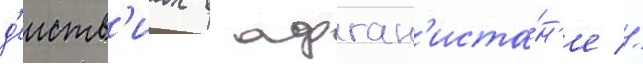
д'еиств'иах в афган'иста́н'е //